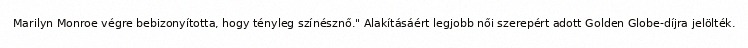
Marilyn Monroe végre bebizonyította, hogy tényleg színésznő." Alakításáért legjobb női szerepért adott Golden Globe-díjra jelölték.